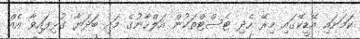
ކަމަށައި އޭޑީކޭގައި މިރޭ ހެދި ޓެސްޓްތަކުން އަލްހާނުގެ މައި ބަދަޔާ ގުޅިފައިވާ އެއް